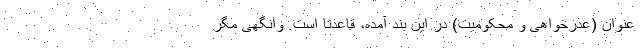
عنوان (عذرخواهی و محکومیت) در این بند آمده، قاعدتاً است. وانگهی مگر